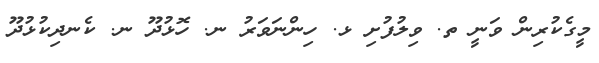
މީގެކުރިން ވަނީ ތ. ވިލުފުށި ޅ. ހިންނަވަރު ނ. ހޮޅުދޫ ނ. ކެނދިކުޅުދޫ